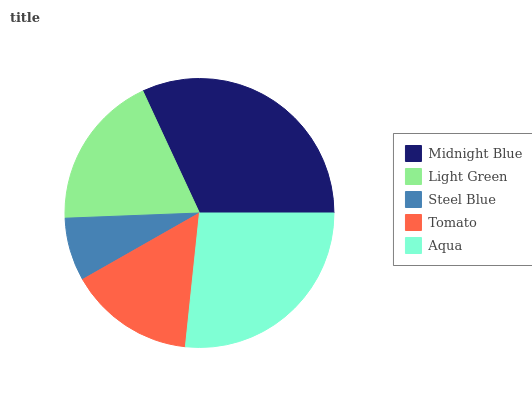
| Midnight Blue | Light Green | Steel Blue | Tomato | Aqua |
 | --- | --- | --- | --- | --- |
 | 32% | 18.6% | 7.6% | 15.1% | 26.7% |